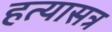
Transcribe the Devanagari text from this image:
हत्यासत्र